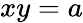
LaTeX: xy=a